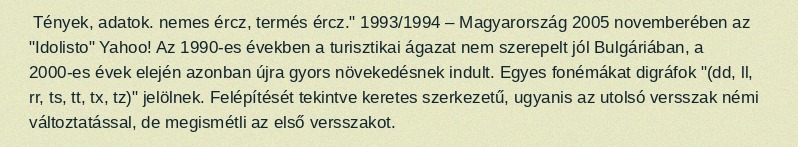
Tények, adatok. nemes ércz, termés ércz." 1993/1994 – Magyarország 2005 novemberében az "Idolisto" Yahoo! Az 1990-es években a turisztikai ágazat nem szerepelt jól Bulgáriában, a 2000-es évek elején azonban újra gyors növekedésnek indult. Egyes fonémákat digráfok "(dd, ll, rr, ts, tt, tx, tz)" jelölnek. Felépítését tekintve keretes szerkezetű, ugyanis az utolsó versszak némi változtatással, de megismétli az első versszakot.